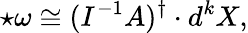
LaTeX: \star\omega\cong(I^{-1}A)^{\dagger}\cdot d^{k}X,